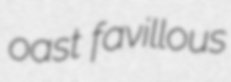
oast favillous